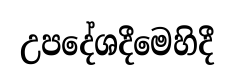
උපදේශදීමෙහිදී